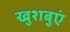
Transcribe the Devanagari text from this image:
खुशबुएं